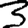
Digit: 3